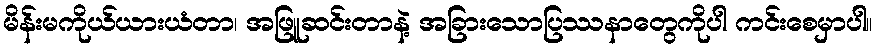
မိန်းမကိုယ်ယားယံတာ၊ အဖြူဆင်းတာနဲ့ အခြားသောပြဿနာတွေကိုပါ ကင်းစေမှာပါ။